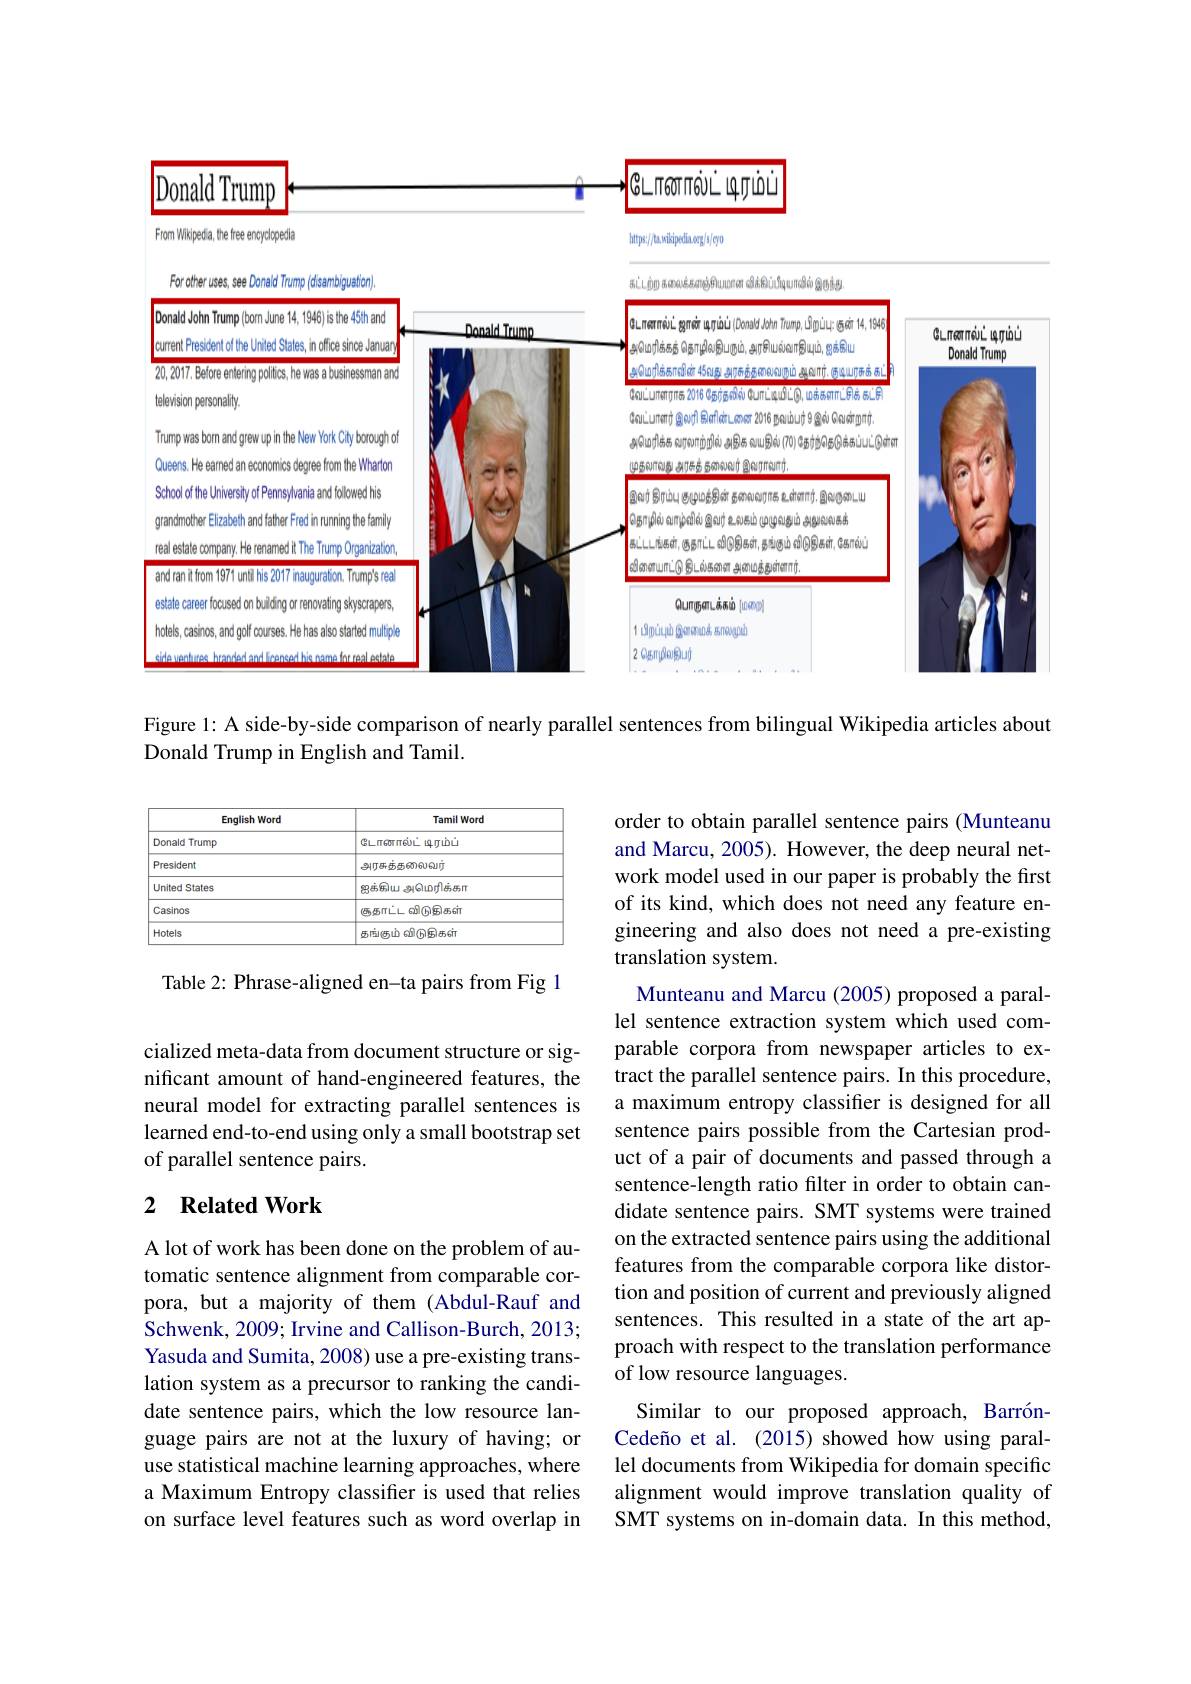
<FigureHere>

Figure 1: A side-by-side comparison of nearly parallel sentences from bilingual Wikipedia articles about
Donald Trump in English and Tamil.

<table>
	<tbody>
		<tr>
			<th>English Word</th>
			<th>Tamil Word</th>
		</tr>
		<tr>
			<td>Donald Trump</td>
			<td>டோணால்ட் மிரம்ப்</td>
		</tr>
		<tr>
			<td>President</td>
			<td>அரசுக்தனைவர்</td>
		</tr>
		<tr>
			<td>United States</td>
			<td>ஐக்கெய அமொரிக்கா</td>
		</tr>
		<tr>
			<td>Casinos</td>
			<td>குதாட்ட விடுதிகள்</td>
		</tr>
		<tr>
			<td>Hotels</td>
			<td>குங்கும் விருதெகள்</td>
		</tr>
	</tbody>
</table>

Table 2: Phrase-aligned en-ta pairs from Fig 1

cialized meta-data from document structure or significant amount of hand-engineered features, the neural model for extracting parallel sentences is learned end-to-end using only a small bootstrap set of parallel sentence pairs.

order to obtain parallel sentence pairs (Munteanu and Marcu, 2005). However, the deep neural network model used in our paper is probably the first of its kind, which does not need any feature engineering and also does not need a pre-existing translation system.
Munteanu and Marcu (2005) proposed a parallel sentence extraction system which used comparable corpora from newspaper articles to extract the parallel sentence pairs. In this procedure, a maximum entropy classifier is designed for all sentence pairs possible from the Cartesian product of a pair of documents and passed through a sentence-length ratio filter in order to obtain candidate sentence pairs. SMT systems were trained on the extracted sentence pairs using the additional features from the comparable corpora like distortion and position of current and previously aligned sentences. This resulted in a state of the art approach with respect to the translation performance of low resource languages.
Similar to our proposed approach, BarrónCedeño et al. (2015) showed how using parallel documents from Wikipedia for domain specific alignment would improve translation quality of SMT systems on in-domain data. In this method,

## 2 Related Work

A lot of work has been done on the problem of automatic sentence alignment from comparable corpora, but a majority of them (Abdul-Rauf and Schwenk, 2009; Irvine and Callison-Burch, 2013; Yasuda and Sumita, 2008) use a pre-existing translation system as a precursor to ranking the candidate sentence pairs, which the low resource language pairs are not at the luxury of having; or use statistical machine learning approaches, where a Maximum Entropy classifer is used that relies on surface level features such as word overlap in